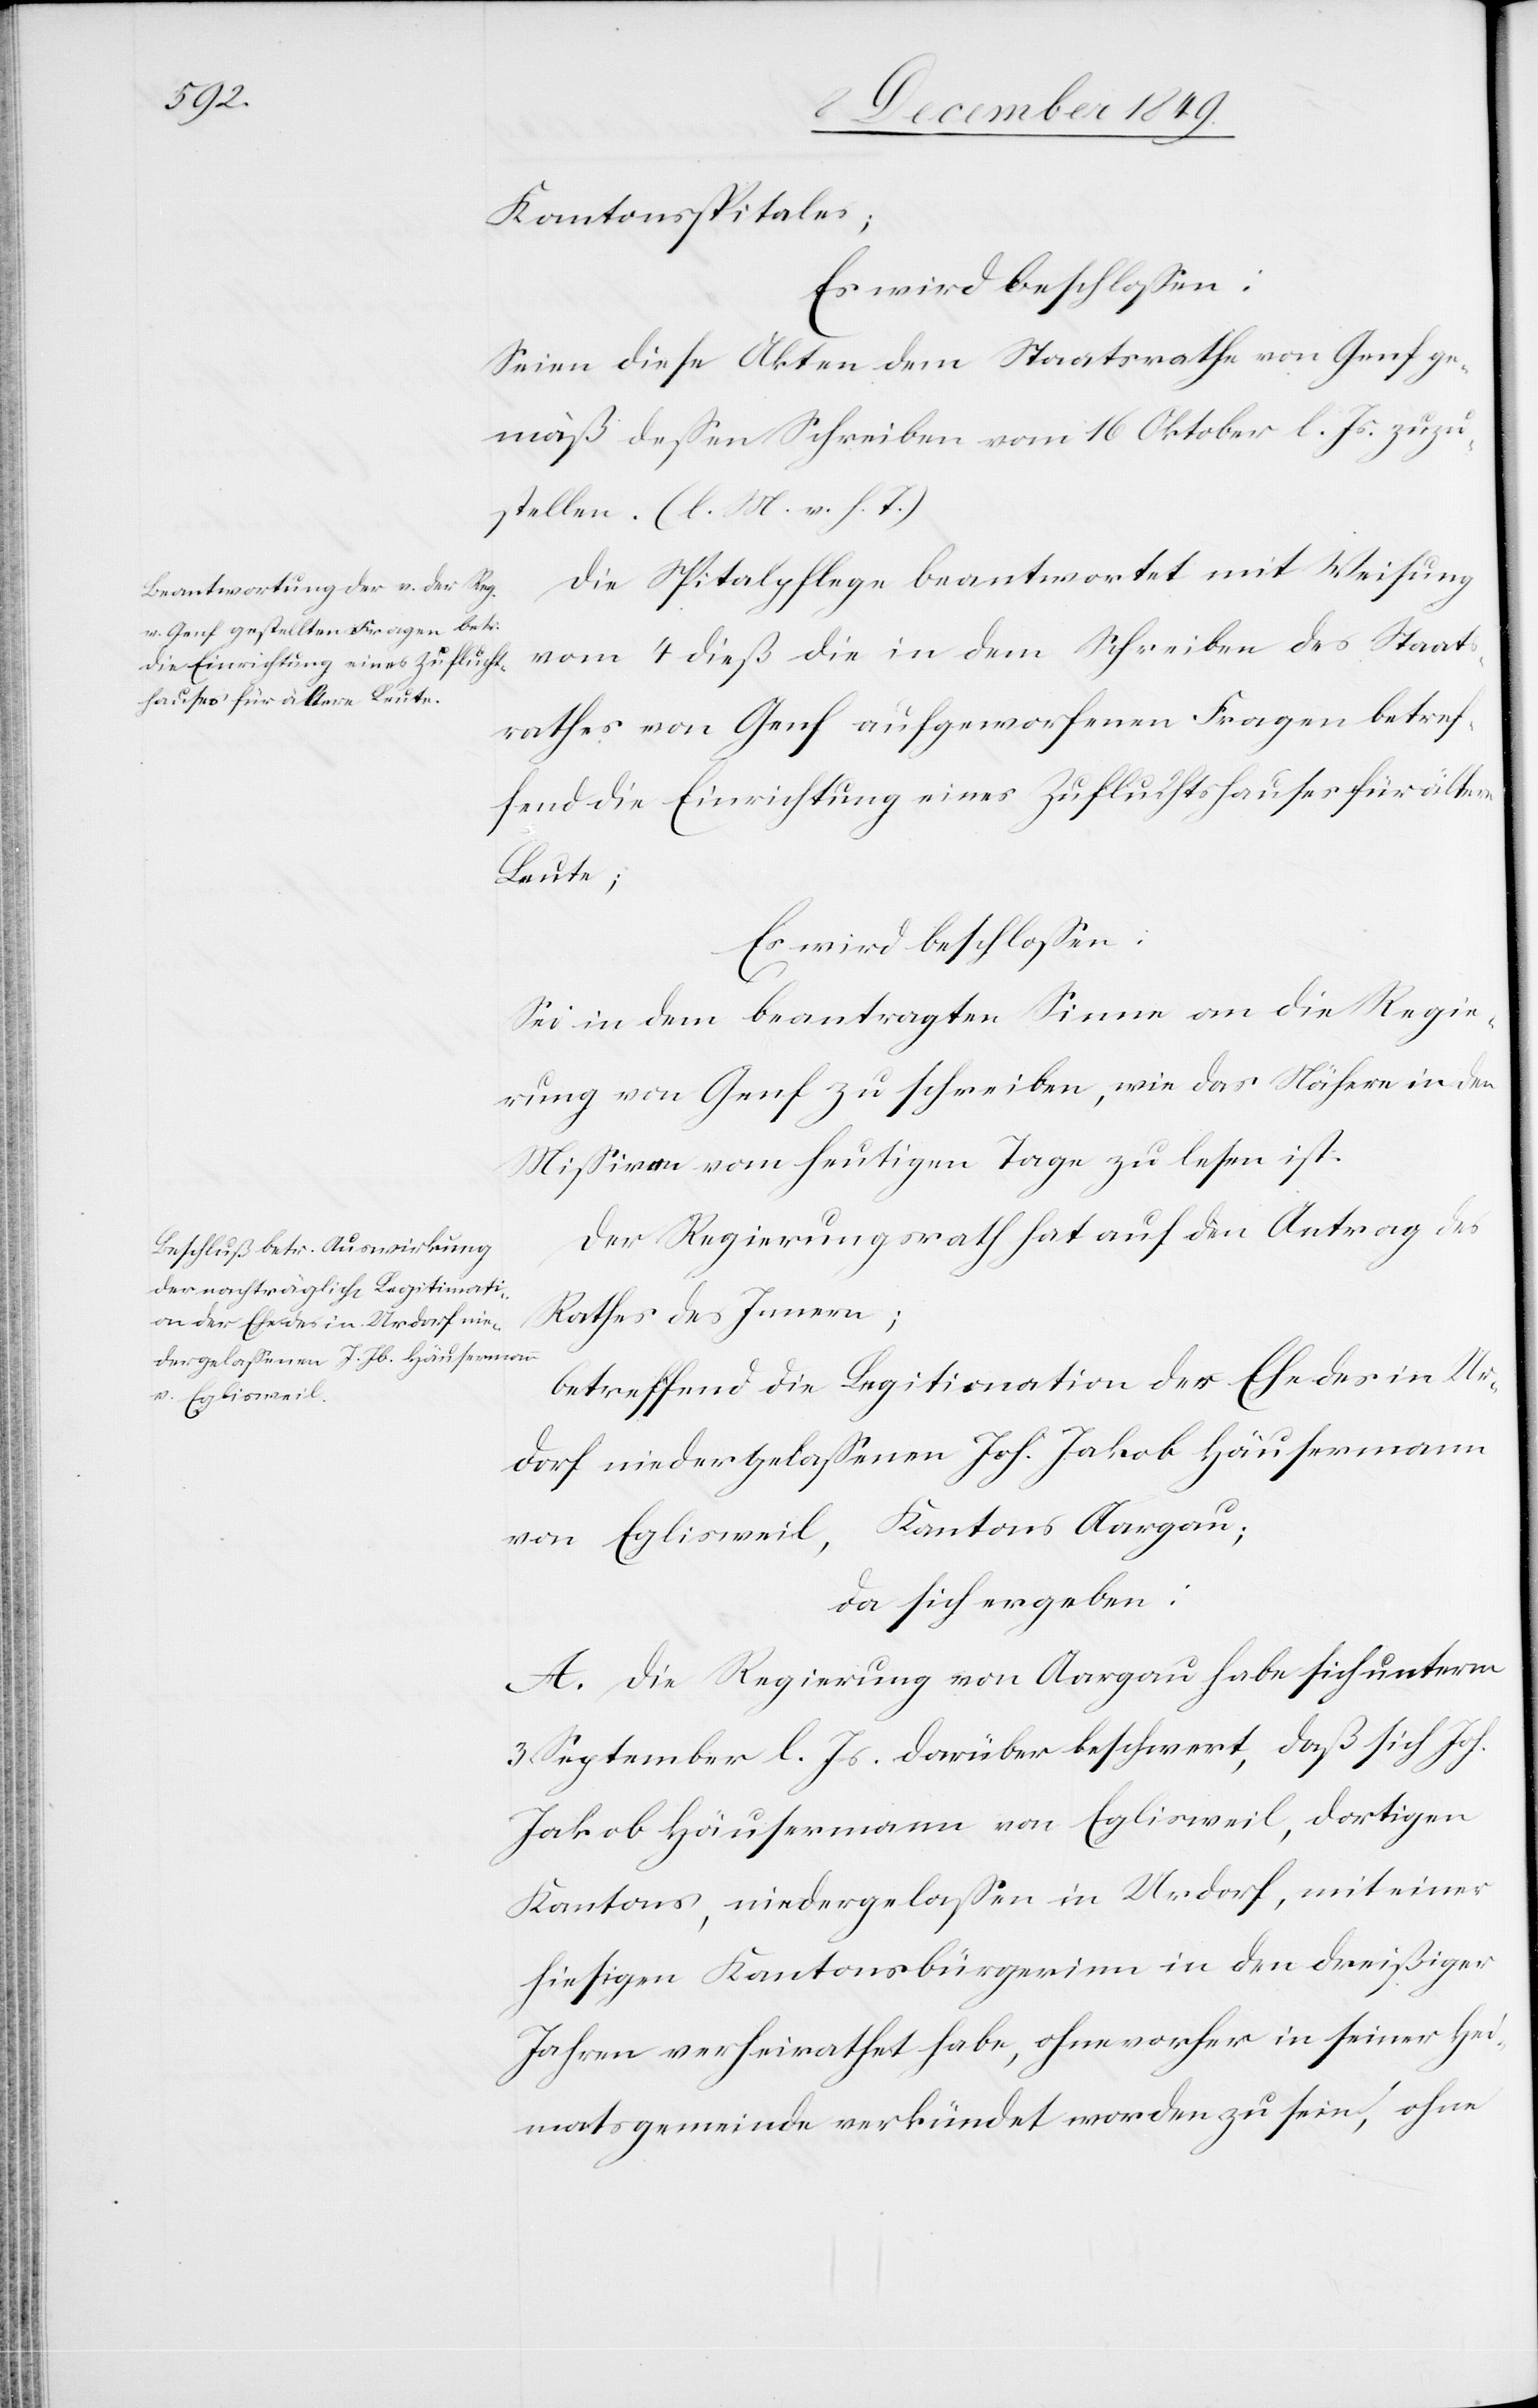
Kantonsspitales;
Seien diese Akten dem Staatsrathe von Genf ge¬
mäß deßen Schreiben vom 16 Oktober l. Js. zuzu¬
stellen. [l. M. v. h. T]
Die Spitalpflege beantwortet mit Weisung
vom 4 dieß die in dem Schreiben des Staats¬
rathes von Genf aufgeworfenen Fragen betref¬
fend die Einrichtung eines Zufluchtshauses für ältere
Leute;
Es wird beschloßen:
Sei in dem beantragten Sinne an die Regie¬
rung von Genf zu schreiben, wie das Nähere in den
Mißiven vom heutigen Tage zu lesen ist.
Der Regierungsrath hat auf den Antrag des
Rathes des Innern;
betreffend die Legitimation der Ehe des in Ur¬
dorf niedergelaßenen Joh. Jakob Häusermann
von Eglisweil, Kantons Aargau;
da sich ergeben:
A. Die Regierung von Aargau habe sich unterm
3 September l. Js. darüber beschwert, daß sich Joh.
Jakob Häusermann von Eglisweil, dortigen
Kantons, niedergelaßen in Urdorf, mit einer
hiesigen Kantonsbürgerinn in den dreißiger
Jahren verheirathet habe, ohne vorher in seiner Hei¬
matsgemeinde verkündet worden zu sein, ohne